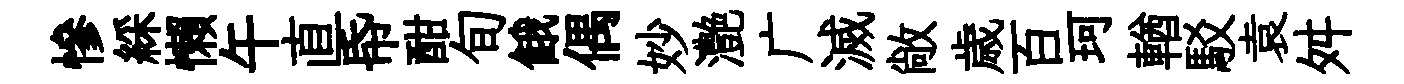
慘綵懶午直帋酣旬餓偶妙灔广滅敞歳百珂輶駁袁舛